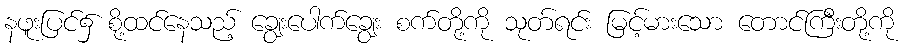
နဖူးပြင်၌ စို့ထင်နေသည့် ချွေးပေါက်ချွေး စက်တို့ကို သုတ်ရင်း မြင့်မားသော တောင်ကြီးတို့ကို